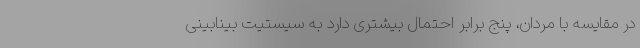
در مقایسه با مردان، پنج برابر احتمال بیشتری دارد به سیستیت بینابینی